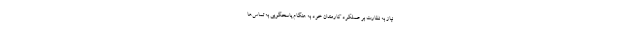
نیاز به نظارت بر عملکرد کارمندان خود به هنگام پاسخگویی به تماس‌ها